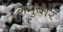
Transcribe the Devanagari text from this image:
ग़मुबार